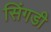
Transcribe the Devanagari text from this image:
सिंगडी